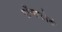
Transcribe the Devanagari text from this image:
पॉन्सफोर्ड